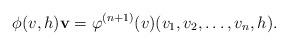
LaTeX: \begin{align*}\phi(v,h)\mathbf{v}=\varphi^{(n+1)}(v)(v_1,v_2,\ldots,v_n,h).\end{align*}